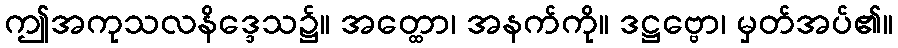
ဤအကုသလနိဒ္ဒေသ၌။ အတ္ထော၊ အနက်ကို။ ဒဋ္ဌဗ္ဗော၊ မှတ်အပ်၏။